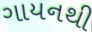
ગાયનથી